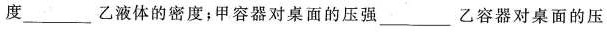
度___乙液体的密度；甲容器对桌面的压强___乙容器对桌面的压